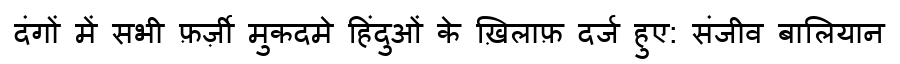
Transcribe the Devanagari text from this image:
दंगों में सभी फ़र्ज़ी मुकदमे हिंदुओं के ख़िलाफ़ दर्ज हुए: संजीव बालियान